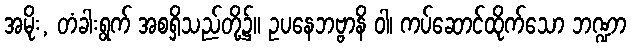
အမိုး, တံခါးရွက် အစရှိသည်တို့၌။ ဥပနေဘဗ္ဗာနိ ဝါ၊ ကပ်ဆောင်ထိုက်သော ဘဏ္ဍာ